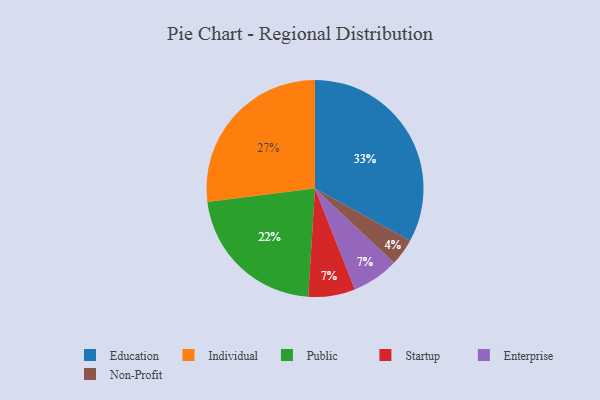
{"axis": {"x": "Category", "y": "Percentage"}, "legend": ["Education", "Enterprise", "Individual", "Non-Profit", "Public", "Startup"], "data": [{"x": "Public", "y": 22, "type": "Public"}, {"x": "Startup", "y": 7, "type": "Startup"}, {"x": "Enterprise", "y": 7, "type": "Enterprise"}, {"x": "Individual", "y": 27, "type": "Individual"}, {"x": "Education", "y": 33, "type": "Education"}, {"x": "Non-Profit", "y": 4, "type": "Non-Profit"}]}